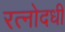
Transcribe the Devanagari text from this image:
रत्नोदधी